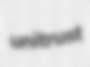
unitrust